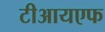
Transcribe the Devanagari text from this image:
टीआयएफ